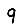
Digit: 9